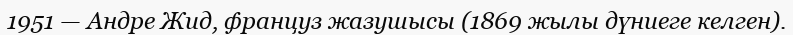
1951 — Андре Жид, француз жазушысы (1869 жылы дүниеге келген).